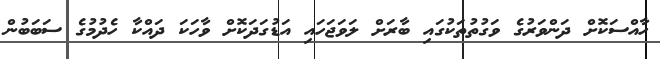
ހާއްސަކޮށް ދަންވަރުގެ ވަގުތުތަކުގައި ބާރަށް ލަވަޖަހައި އަޑުގަދަކޮށް ވާހަކަ ދައްކާ ހެދުމުގެ ސަބަބުން